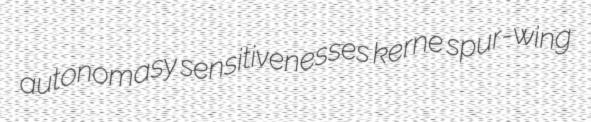
autonomasy sensitivenesses kerne spur-wing